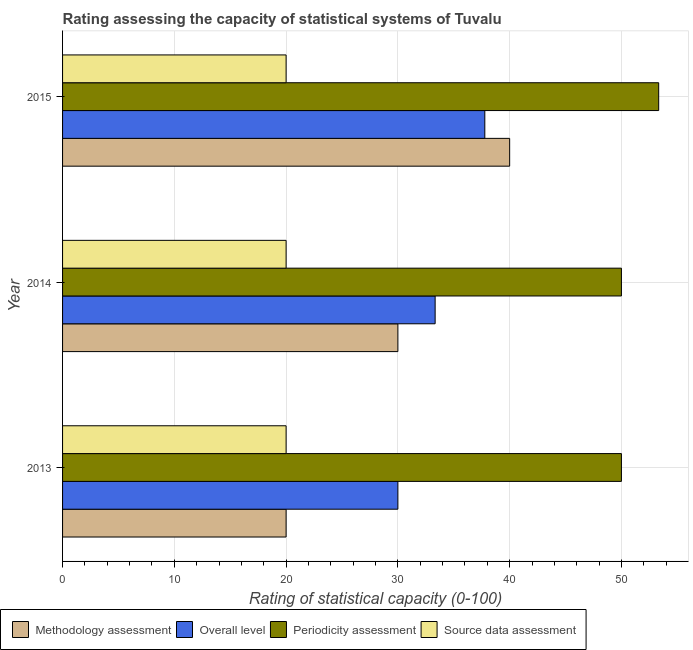
| Year | Methodology assessment | Overall level | Periodicity assessment | Source data assessment |
 | --- | --- | --- | --- | --- |
 | 2013 | 20 | 30 | 50 | 20 |
 | 2014 | 30 | 33.3 | 50 | 20 |
 | 2015 | 40 | 37.8 | 53.3 | 20 |